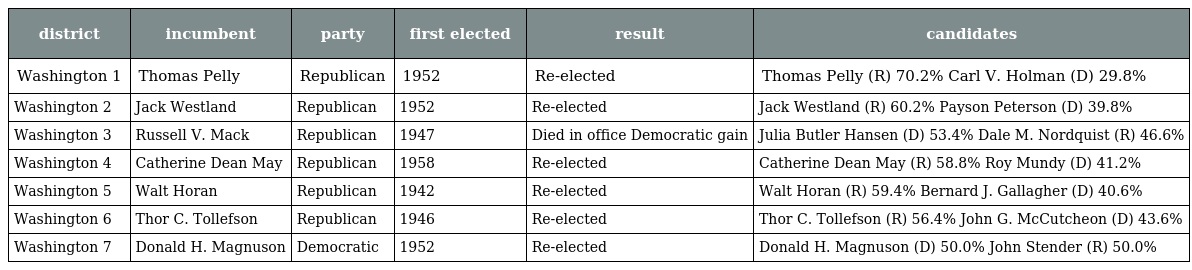
| district | incumbent | party | first elected | result | candidates |
 | --- | --- | --- | --- | --- | --- |
 | Washington 1 | Thomas Pelly | Republican | 1952 | Re-elected | Thomas Pelly (R) 70.2% Carl V. Holman (D) 29.8% |
 | Washington 2 | Jack Westland | Republican | 1952 | Re-elected | Jack Westland (R) 60.2% Payson Peterson (D) 39.8% |
 | Washington 3 | Russell V. Mack | Republican | 1947 | Died in office Democratic gain | Julia Butler Hansen (D) 53.4% Dale M. Nordquist (R) 46.6% |
 | Washington 4 | Catherine Dean May | Republican | 1958 | Re-elected | Catherine Dean May (R) 58.8% Roy Mundy (D) 41.2% |
 | Washington 5 | Walt Horan | Republican | 1942 | Re-elected | Walt Horan (R) 59.4% Bernard J. Gallagher (D) 40.6% |
 | Washington 6 | Thor C. Tollefson | Republican | 1946 | Re-elected | Thor C. Tollefson (R) 56.4% John G. McCutcheon (D) 43.6% |
 | Washington 7 | Donald H. Magnuson | Democratic | 1952 | Re-elected | Donald H. Magnuson (D) 50.0% John Stender (R) 50.0% |